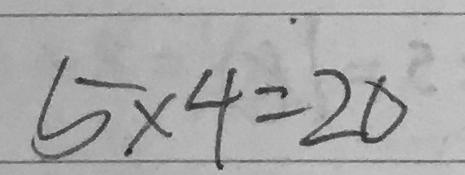
5 \times 4 = 2 0